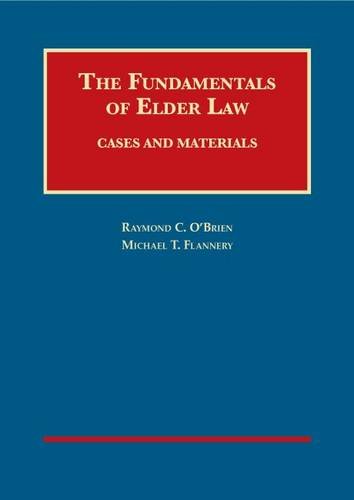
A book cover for The Fundamentals of Elder Law (University Casebook Series); Raymond O'Brien; Law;